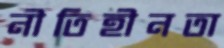
নীতিহীনতা